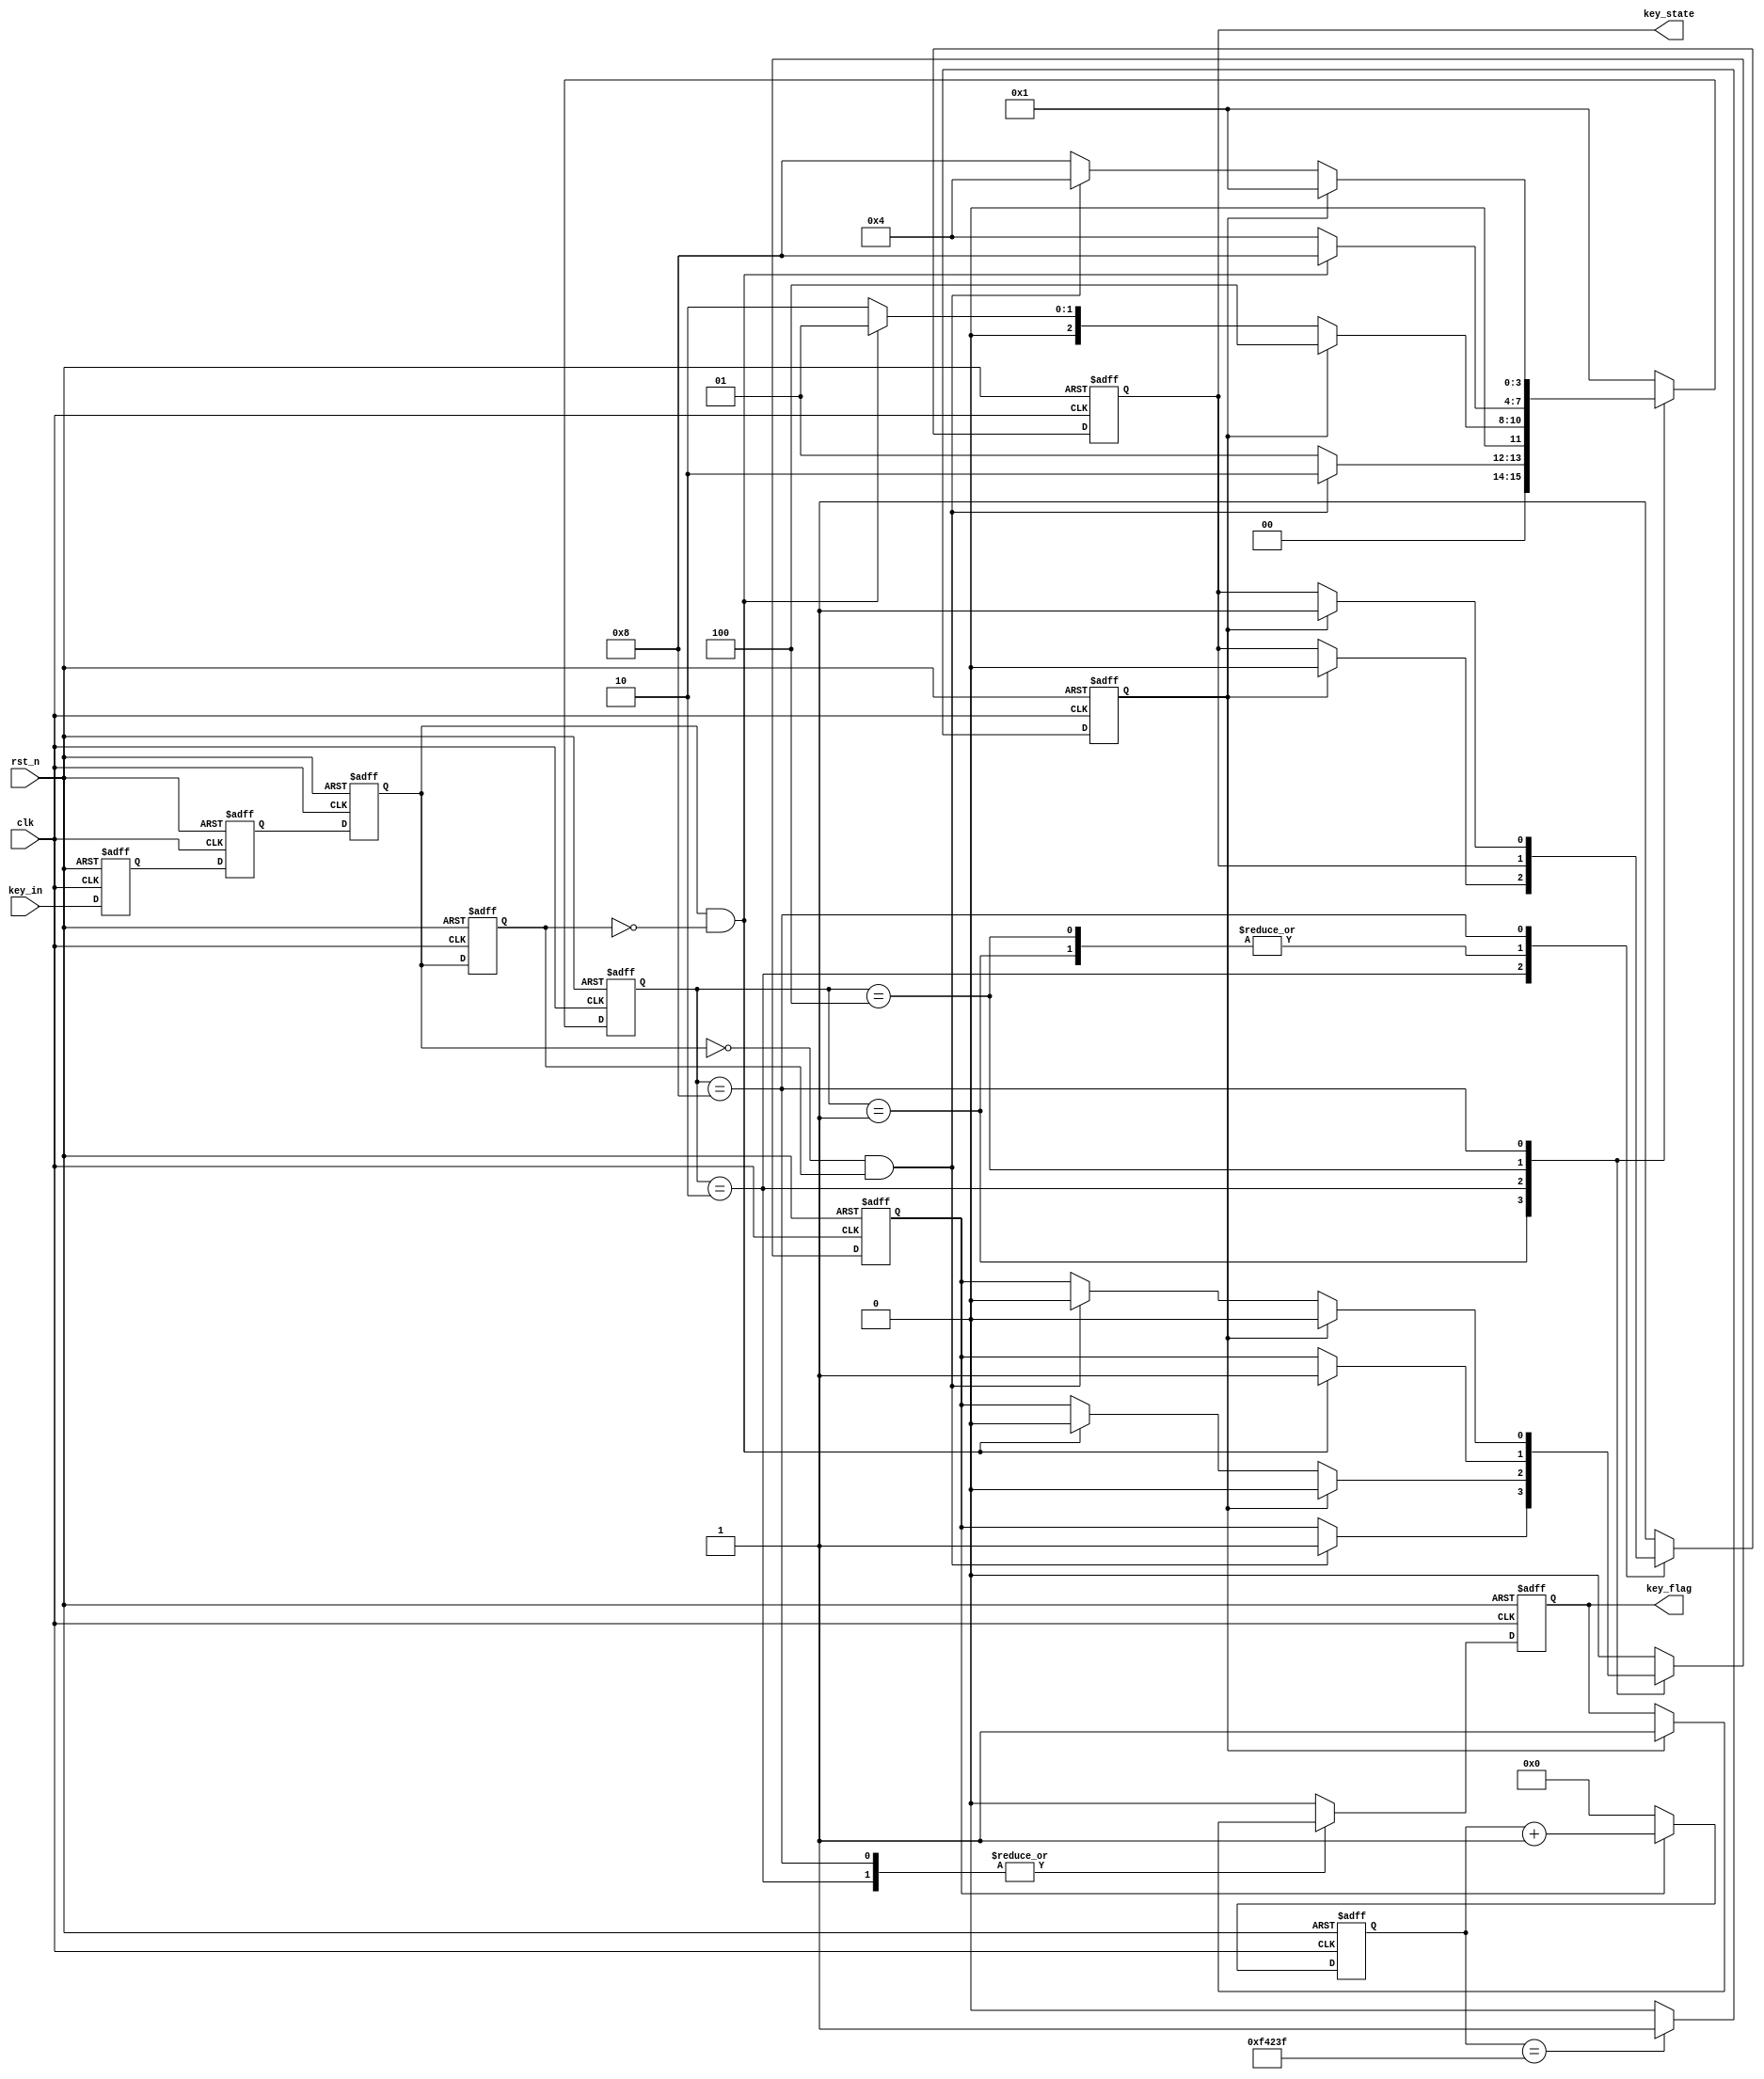
module key_filter(
	input clk,
	input rst_n,
	input key_in,
	output reg key_flag,
	output reg key_state
);

reg[3:0]  state;
reg[19:0] cnt;
reg	en_cnt;
reg key_in_sa;
reg key_in_sb;
reg key_tmpa;
reg key_tmpb;
reg cnt_full;

wire pedge;
wire nedge;

parameter   IDEL 	= 4'b0001,
			FILTER0 = 4'b0010,
			DOWN 	= 4'b0100,
			FILTER1 = 4'b1000;

always @(posedge clk or negedge rst_n) begin
	if (!rst_n) begin
		key_in_sa <= 1'b0;
		key_in_sb <= 1'b0;
	end
	else begin
		key_in_sa <= key_in;
		key_in_sb <= key_in_sa;
	end
end

always @(posedge clk or negedge rst_n) begin
	if (!rst_n) begin
		// reset
		key_tmpa <= 1'b0;
		key_tmpb <= 1'b0;
	end
	else begin
		key_tmpa <= key_in_sb;
		key_tmpb <= key_tmpa;
	end
end

assign nedge = !key_tmpa & key_tmpb;
assign pedge = key_tmpa & (!key_tmpb);

//delete shake
always @(posedge clk or negedge rst_n) begin
	if (!rst_n) begin
		en_cnt <= 1'b0;
		state <= IDEL;
		key_flag <= 1'b0;
		key_state <= 1'b1;
	end
	else  begin
		case(state)
			IDEL: begin
				key_flag <= 1'b0;
				if (nedge) begin
					state <= FILTER0;
					en_cnt <= 1'b1;
				end
				else 
					state <= IDEL;
			end

			FILTER0: begin
				if (cnt_full) begin
					key_flag <= 1'b1;
					key_state <= 1'b0;
					en_cnt <= 1'b0;
					state <= DOWN;
				end
				else if(pedge) begin
					state <= IDEL;
					en_cnt <= 1'b0;
				end
				else
					state <= FILTER0;
			end

			DOWN: begin
				key_flag <= 1'b0;
				if (pedge) begin
					state <= FILTER1;
					en_cnt <= 1'b1;
				end
				else 
					state <= DOWN;
			end

			FILTER1: begin
				if (cnt_full) begin
					key_flag <= 1'b1;
					key_state <= 1'b1;
					en_cnt <= 1'b0;
					state <= IDEL;
				end
				else if(nedge) begin
					state <= DOWN;
					en_cnt <= 1'b0;
				end
				else
					state <= FILTER1;
			end

			default: begin
				state <= IDEL;
				en_cnt <= 1'b0;
				key_flag <= 1'b0;
				key_state <= 1'b1;
			end
		endcase
	end
end

always @(posedge clk or negedge rst_n) begin
	if (!rst_n)
		cnt <= 20'd0;
	else if (en_cnt) 
		cnt <= cnt  + 1'b1;
	else
		cnt <= 20'd0;
end

always @(posedge clk or negedge rst_n) begin
	if (!rst_n) 
		cnt_full <= 1'b0;
	else if (cnt == 999_999)
		cnt_full <= 1'b1;
	else
		cnt_full <= 1'b0;
end

endmodule